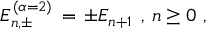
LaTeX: E _ { n , \pm } ^ { ( \alpha = 2 ) } \, = \, \pm E _ { n + 1 } \; \, , \, n \geq 0 \, \, ,